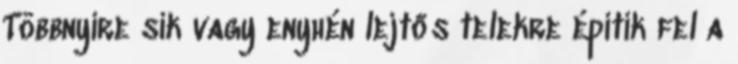
Többnyire sík vagy enyhén lejtős telekre építik fel a